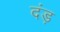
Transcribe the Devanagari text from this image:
दंड़